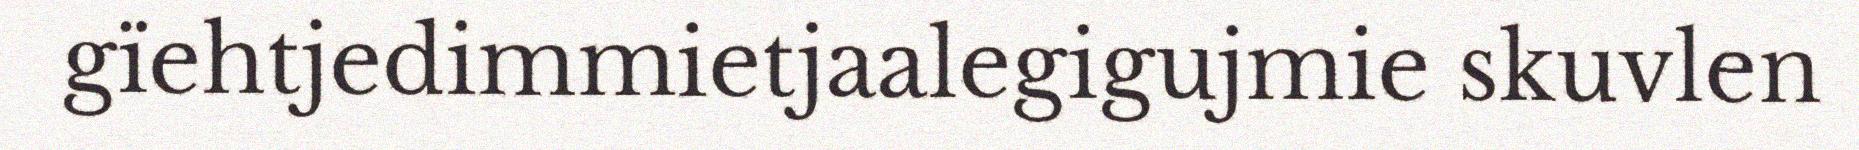
gïehtjedimmietjaalegigujmie skuvlen